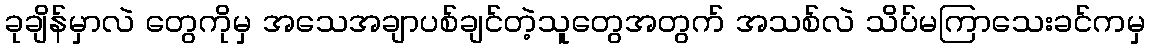
ခုချိန်မှာလဲ တွေကိုမှ အသေအချာပစ်ချင်တဲ့သူတွေအတွက် အသစ်လဲ သိပ်မကြာသေးခင်ကမှ